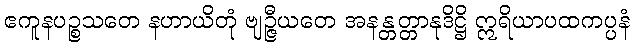
ဧကူနပဉ္စသတေ နဟာယိတုံ ဗျဉ္ဇီယတေ အနန္တတ္တာနုဒိဋ္ဌိ ဣရိယာပထကပ္ပနံ